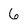
Character: 6